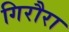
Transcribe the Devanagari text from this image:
गिरौरा